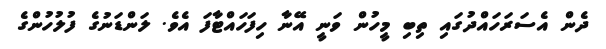
ދެން އެސަރަހައްދުގައި ތިބިި މީހުން ވަނީ އޭނާ ހިފަހައްޓާފަ އެވެ. ލަންޑަނުގެ ފުލުހުންގެ